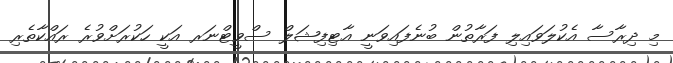
މި ދިރާސާ އެކުލަވައިލި ފަރާތުން ބުނެފައިވަނީ އާޓިފިޝަލް ސްވީޓްނަރ އަކީ ހަކުރަށްވުރެ ރައްކާތެރި